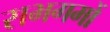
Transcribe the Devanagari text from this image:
सभगमों